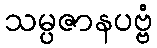
သမ္ပဇာနပဗ္ဗံ